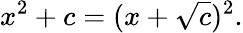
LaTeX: \displaystyle x^{2}+c=(x+{\sqrt{c}})^{2}.